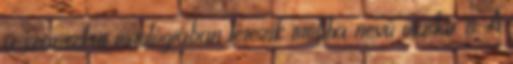
a szanszkrit mitológiában létezik tittibha nevű madár is. A